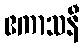
ဧကာသနီ